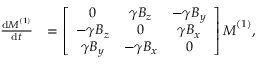
\begin{array} { r l } { \frac { \mathrm { d } \boldsymbol { M } ^ { ( 1 ) } } { \mathrm { d } t } } & { = \left[ \begin{array} { c c c } { 0 } & { \gamma B _ { z } } & { - \gamma B _ { y } } \\ { - \gamma B _ { z } } & { 0 } & { \gamma B _ { x } } \\ { \gamma B _ { y } } & { - \gamma B _ { x } } & { 0 } \end{array} \right] \boldsymbol { M } ^ { ( 1 ) } , } \end{array}